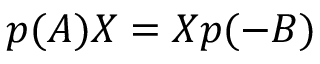
p ( A ) X = X p ( - B )